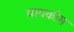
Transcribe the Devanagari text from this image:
वायकोम